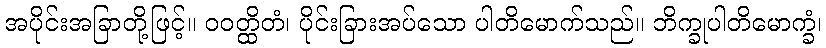
အပိုင်းအခြာတို့ဖြင့်။ ဝဝတ္ထိတံ၊ ပိုင်းခြားအပ်သော ပါတိမောက်သည်။ ဘိက္ခုပါတိမောက္ခံ၊